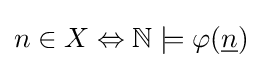
n\in X\Leftrightarrow \mathbb {N} \models \varphi ({\underline {n}})